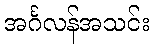
အင်္ဂလန်အသင်း